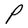
Character: P